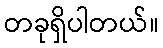
တခုရှိပါတယ်။